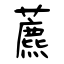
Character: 藨